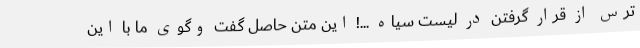
ترس از قرار گرفتن در لیست سیاه ...! این متن حاصل گفت ‌وگوی ما با این